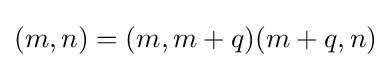
(m,n)=(m,m+q)(m+q,n)